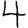
Digit: 4